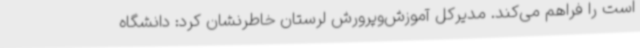
است را فراهم می‌کند. مدیرکل آموزش‌وپرورش لرستان خاطرنشان کرد: دانشگاه